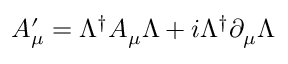
A _ { \mu } ^ { \prime } = \Lambda ^ { \dagger } A _ { \mu } \Lambda + i \Lambda ^ { \dagger } \partial _ { \mu } \Lambda